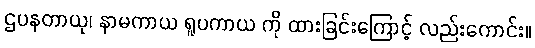
ဌပနတာယု၊ နာမကာယ ရူပကာယ ကို ထားခြင်းကြောင့် လည်းကောင်း။